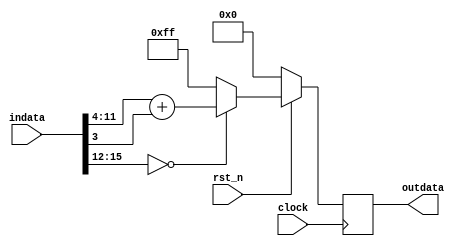
/**********************************************
______________                ______________
______________ \  /\  /|\  /| ______________
______________  \/  \/ | \/ | ______________
descript:
author : Young
Version: VERA.0.1 : 2015/10/30 10:57:22
	xxxxx = xxxx_{|x12}
Version: VERA.1.0 : 2016/3/29 3:26:26
    add reset signal
creaded: 2015/7/23 13:56:28
madified:2015/10/30 10:57:18
***********************************************/
`timescale 1ns/1ps
module ceiling_A1 #(
	parameter	DSIZE		= 16,
	parameter	CSIZE		= 4,		//must smaller than DSIZE
	parameter	OSIZE		= 8,        //must not bigger than DSIZE-CSIZE
	parameter	SEQUENTIAL	= "TRUE"
)(
	input				clock	,
    input               rst_n   ,
	input [DSIZE-1:0]	indata  ,
	output[OSIZE-1:0]	outdata
);


reg [OSIZE-1:0]		result;
wire[OSIZE-1:0]		cm_result;
wire				carry_bit;
assign	carry_bit	= (DSIZE>(CSIZE+OSIZE))? indata[DSIZE-1-CSIZE-OSIZE] : 1'b0;

assign	cm_result	= (indata[DSIZE-1-:CSIZE] == {CSIZE{1'b0}})? indata[DSIZE-1-CSIZE-:OSIZE]+carry_bit : {OSIZE{1'b1}};

always@(posedge clock/*,negedge rst_n*/)
    if(~rst_n)  result  <= {OSIZE{1'b0}};
    else        result	<= cm_result;


assign	outdata	= (SEQUENTIAL == "TRUE")? result : (SEQUENTIAL == "FALSE")? cm_result : {OSIZE{1'b0}};

endmodule